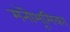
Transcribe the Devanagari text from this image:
मनॊभूमिका